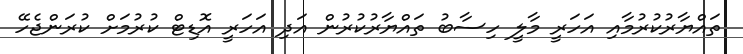
ތައްޔާރުކުރުމާއި އަހަރީ މާލީ ހިސާބު ތައްޔާރުކުރުން އަދި އަހަރީ އޮޑިޓް ކުރުމަށް ކުރަންޖެހޭ